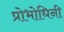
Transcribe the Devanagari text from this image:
प्रोभोधिनी